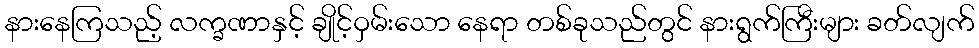
နားနေကြသည့် လက္ခဏာနှင့် ချိုင့်ဝှမ်းသော နေရာ တစ်ခုသည်တွင် နားရွက်ကြီးများ ခတ်လျက်